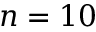
n = 1 0